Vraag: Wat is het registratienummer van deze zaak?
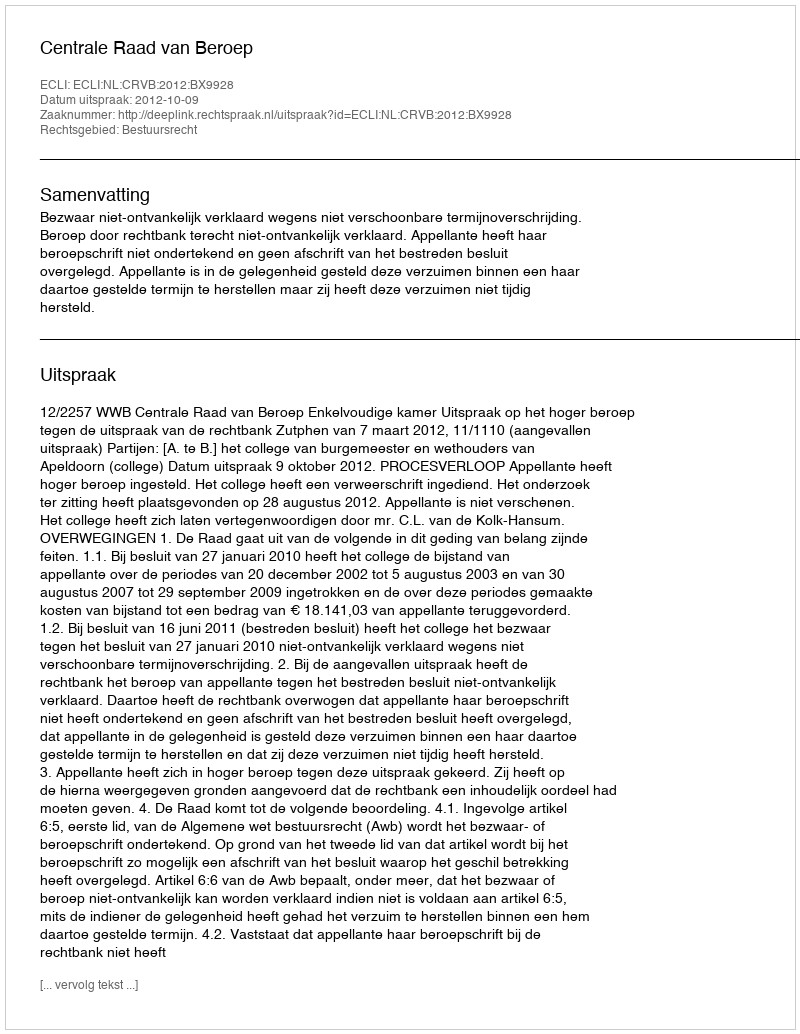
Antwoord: http://deeplink.rechtspraak.nl/uitspraak?id=ECLI:NL:CRVB:2012:BX9928